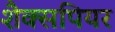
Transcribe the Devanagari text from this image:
शैक्सपियर